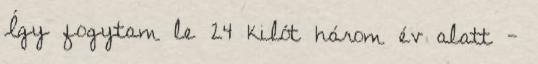
Így fogytam le 24 kilót három év alatt -